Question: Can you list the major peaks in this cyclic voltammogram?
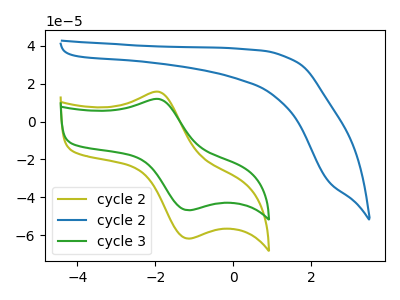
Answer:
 <answer>The olive curve "cycle 2" has an anodic peak at (-1.90V, 15.65uA) and a cathodic peak at (-1.15V, -61.80uA). The blue curve "cycle 2" has no peaks. The green curve "cycle 3" has an anodic peak at (-1.90V, 11.85uA) and a cathodic peak at (-1.15V, -46.80uA).</answer>
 <eval></eval>